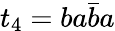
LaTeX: t_{4}=ba\bar{b}a